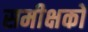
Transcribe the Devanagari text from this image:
समीक्षको